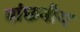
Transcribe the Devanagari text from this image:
बांछनीय